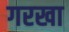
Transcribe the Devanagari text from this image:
गरखा